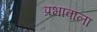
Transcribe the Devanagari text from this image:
प्रभावाला